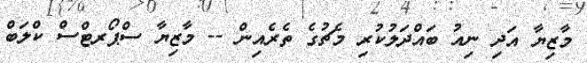
މާޒިޔާ އަދި ނިއު ބައްދަލުކުރި މެޗުގެ ތެރެއިން -- މާޒިޔާ ސްޕޯރޓްސް ކްލަބް